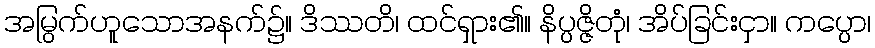
အမြွက်ဟူသောအနက်၌။ ဒိဿတိ၊ ထင်ရှား၏။ နိပ္ပဇ္ဇိတုံ၊ အိပ်ခြင်းငှာ။ ကပ္ပော၊